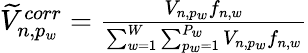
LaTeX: \begin{array}{r}{\widetilde{V}_{n,p_{w}}^{corr}=\frac{V_{n,p_{w}}f_{n,w}}{\sum_{w=1}^{W}\sum_{p_{w}=1}^{P_{w}}V_{n,p_{w}}f_{n,w}}}\end{array}